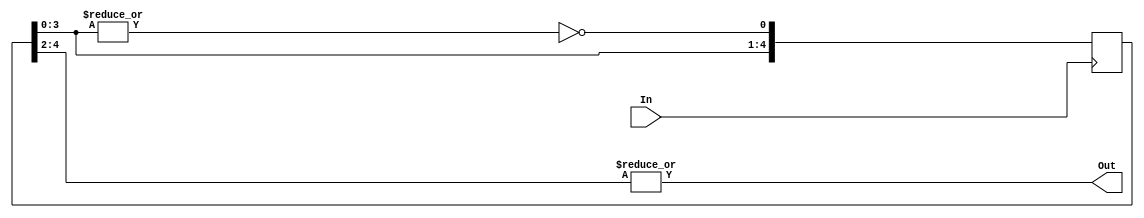
module clk_divided_by_5_60duty(Out,In);
output Out;
input In;
reg [4:0] X;
assign Out=|X[4:2];
wire y;
assign y=~|X[3:0];
always @(posedge In) begin
    X[0] <= y;
	 X[4:1] <= X[3:0];
end
//always @(negedge In) begin
//    X[4]=X[3];
//end

endmodule